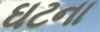
ઘટના